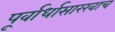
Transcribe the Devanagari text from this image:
पूर्वार्धासारखाच